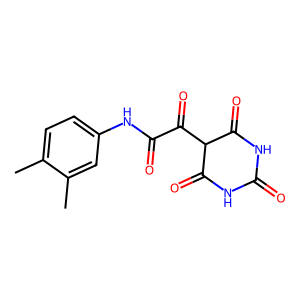
SMILES: Cc1ccc(NC(=O)C(=O)C2C(=O)NC(=O)NC2=O)cc1C
Inhibits HIV replication: No